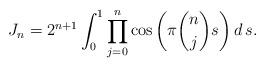
LaTeX: \begin{align*}J_n=2^{n+1} \int_0^1 \prod_{j=0}^n \cos\left(\pi \binom{n}{j} s\right)d\,s.\end{align*}